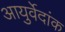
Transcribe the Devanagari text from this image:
आयुर्वेदांक